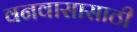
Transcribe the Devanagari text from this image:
वनवासासाठी